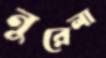
নুরেলা